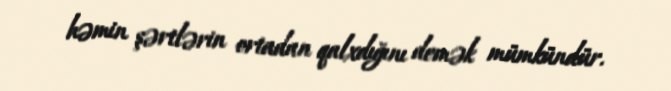
həmin şərtlərin ortadan qalxdığını demək mümkündür.